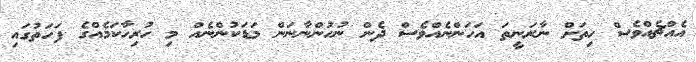
އެއްޗެއްވެސް ހިތަށް ނާރަނީތަ އަހަންނެއްވެސް ދެން ނުހުންނާނަން މަޑަކުންނެއް މި ހުރިހާކަމެއްގެ ފަހަތުގައި